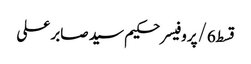
قسط6/پروفیسر حکیم سید صابر علی